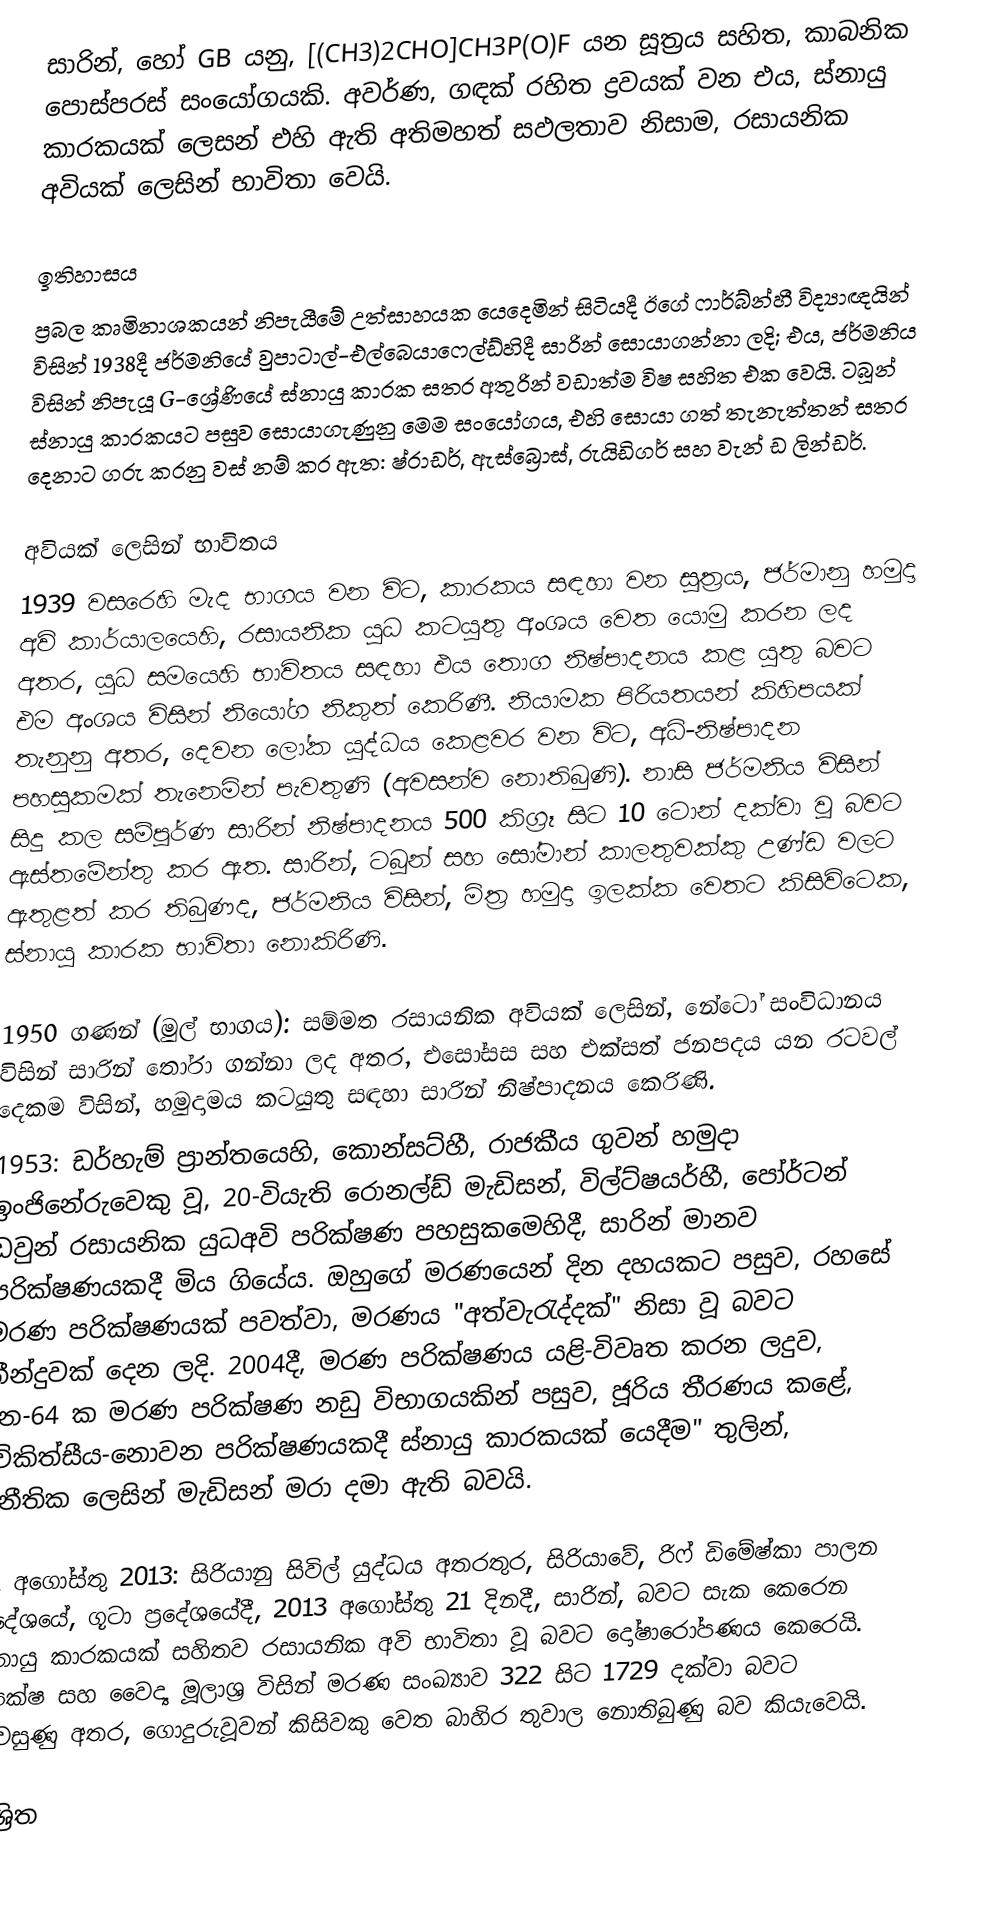
සාරින්, හෝ  GB යනු, [(CH3)2CHO]CH3P(O)F යන සූත්‍රය සහිත,  කාබනික පොස්පරස් සංයෝගයකි. අවර්ණ, ගඳක් රහිත ද්‍රවයක් වන එය, ස්නායු කාරකයක් ලෙසන් එහි ඇති අතිමහත් සඵලතාව නිසාම, රසායනික අවියක් ලෙසින් භාවිතා වෙයි.

ඉතිහාසය
ප්‍රබල කෘමිනාශකයන් නිපැයීමේ උත්සාහයක යෙදෙමින් සිටියදී   ඊගේ ෆාර්බ්න්හී විද්‍යාඥයින් විසින් 1938දී ජර්මනියේ වුපාටාල්-එල්බෙයාෆෙල්ඩ්හිදී සාරින් සොයාගන්නා ලදි; එය, ජර්මනිය විසින් නිපැයූ  G-ශ්‍රේණියේ ස්නායු කාරක සතර අතුරින් වඩාත්ම විෂ සහිත එක වෙයි. ටබූන් ස්නායු කාරකයට පසුව සොයාගැණුනු මෙම සංයෝගය, එහි සොයා ගත් තැනැත්තන් සතර දෙනාට ගරු කරනු වස් නම් කර ඇත: ෂ්රාඩර්, ඇස්බ්‍රොස්, රුයිඩිගර් සහ  වැන් ඩ ලින්ඩර්.

අවියක් ලෙසින් භාවිතය
1939 වසරෙහි මැද භාගය වන විට, කාරකය සඳහා වන සූත්‍රය,  ජර්මානු හමුදා අවි කාර්යාලයෙහි, රසායනික යුධ කටයුතු අංශය වෙත යොමු කරන ලද අතර, යුධ සමයෙහි භාවිතය සඳහා එය තොග නිෂ්පාදනය කළ යුතු බවට එම අංශය විසින් නියෝග නිකුත් කෙරිණී. නියාමක පිරියතයන් කිහිපයක් තැනුනු අතර, දෙවන ලෝක යුද්ධය කෙළවර වන විට,  අධි-නිෂ්පාදන පහසුකමක් තැනෙමින් පැවතුණි (අවසන්ව නොතිබුණි). නාසි ජර්මනිය විසින් සිදු කල සම්පූර්ණ සාරින් නිෂ්පාදනය 500 කිග්‍රෑ සිට 10 ටොන් දක්වා වූ බවට ඇස්තමේන්තු කර ඇත.  සාරින්, ටබූන් සහ  සෝමාන් කාලතුවක්කු උණ්ඩ වලට ඇතුළත් කර තිබුණද, ජර්මනිය විසින්,  මිත්‍ර හමුදා ඉලක්ක වෙතට කිසිවිටෙක, ස්නායු කාරක භාවිතා නොකිරිණි.

 1950 ගණන් (මුල් භාගය): සම්මත රසායනික අවියක් ලෙසින්,  නේටෝ සංවිධානය විසින් සාරින් තෝරා ගන්නා ලද අතර, එසෝසස සහ එක්සත් ජනපදය යන රටවල් දෙකම විසින්, හමුදාමය කටයුතු සඳහා සාරින් නිෂ්පාදනය කෙරිණි.
 1953: ඩර්හැම් ප්‍රාන්තයෙහි, කොන්සට්හී, රාජකීය ගුවන් හමුදා ඉංජිනේරුවෙකු වූ, 20-වියැති  රොනල්ඩ් මැඩිසන්,  විල්ට්ෂයර්හී, පෝර්ටන් ඩවුන් රසායනික යුධඅවි පරික්ෂණ පහසුකමෙහිදී, සාරින් මානව පරික්ෂණයකදී මිය ගියේය. ඔහුගේ මරණයෙන් දින දහයකට පසුව,  රහසේ මරණ පරික්ෂණයක් පවත්වා, මරණය "අත්වැරැද්දක්" නිසා වූ බවට තීන්දුවක් දෙන ලදි.  2004දී, මරණ පරික්ෂණය යළි-විවෘත කරන ලදුව, දින-64 ක මරණ පරික්ෂණ නඩු විභාගයකින් පසුව, ජූරිය තීරණය කළේ,  "චිකිත්සීය-නොවන පරික්ෂණයකදී ස්නායු කාරකයක් යෙදීම" තුලින්, අනීතික ලෙසින් මැඩිසන් මරා දමා ඇති බවයි.

 21 අගෝස්තු 2013: සිරියානු සිවිල් යුද්ධය අතරතුර,  සිරියාවේ, රිෆ් ඩිමේෂ්කා පාලන ප්‍රදේශයේ, ගූටා ප්‍රදේශයේදී, 2013 අගෝස්තු 21 දිනදී,  සාරින්, බවට සැක කෙරෙන ස්නායු කාරකයක් සහිතව රසායනික අවි භාවිතා වූ බවට දෝෂාරෝපණය කෙරෙයි. විපක්ෂ සහ වෛද්‍ය  මූලාශ්‍ර විසින් මරණ සංඛ්‍යාව 322 සිට 1729 දක්වා බවට පැවසුණු අතර, ගොදුරුවූවන් කිසිවකු වෙත බාහිර තුවාල නොතිබුණු බව කියැවෙයි.

ආශ්‍රිත